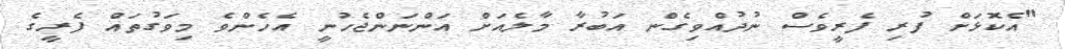
"އެކޮޅަށް ފުރި ފެރީވެސް ނުދުއްވިގެން އަބުރާ މާލެއަށް އަންނަންޖެހުނީ އެހެންވެ މިވަގުތައް ފެރީގެ